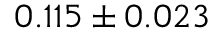
0 . 1 1 5 \pm 0 . 0 2 3